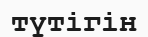
түтігін